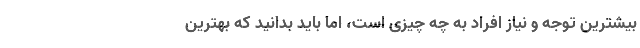
بیشترین توجه و نیاز افراد به چه چیزی است، اما باید بدانید که بهترین